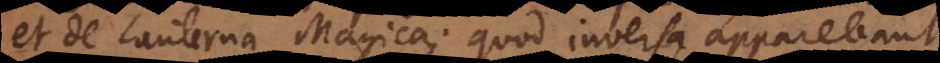
et de Lanterna Magica; quod inversa apparebant